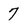
Character: 7